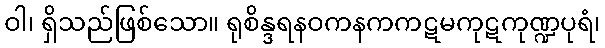
ဝါ၊ ရှိသည်ဖြစ်သော။ ရုစိန္ဒရနဝကနကကဋမကုဋကုဏ္ဍပုရံ၊